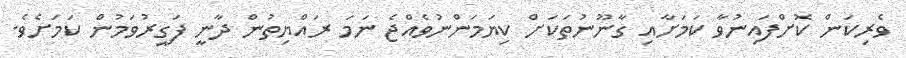
ވެރިކަން ކޮށްފައިނުވާ ކަމަށާއި ގާނޫނުތަކަށް ކިޔަމަންނުވެއްޖެ ނަމަ ރައްޔިތުން ދާނީ ފަގީރުވަމުން ކަމަށެވެ.